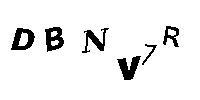
DBNV7R